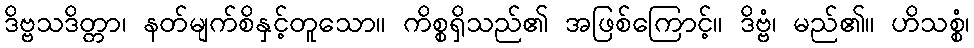
ဒိဗ္ဗသဒိတ္တာ၊ နတ်မျက်စိနှင့်တူသော။ ကိစ္စရှိသည်၏ အဖြစ်ကြောင့်။ ဒိဗ္ဗံ၊ မည်၏။ ဟိသစ္စံ၊